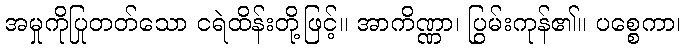
အမှုကိုပြုတတ်သော ငရဲထိန်းတို့ဖြင့်။ အာကိဏ္ဏာ၊ ပြွမ်းကုန်၏။ ပစ္စေကာ၊